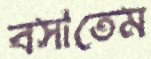
বসাতেম